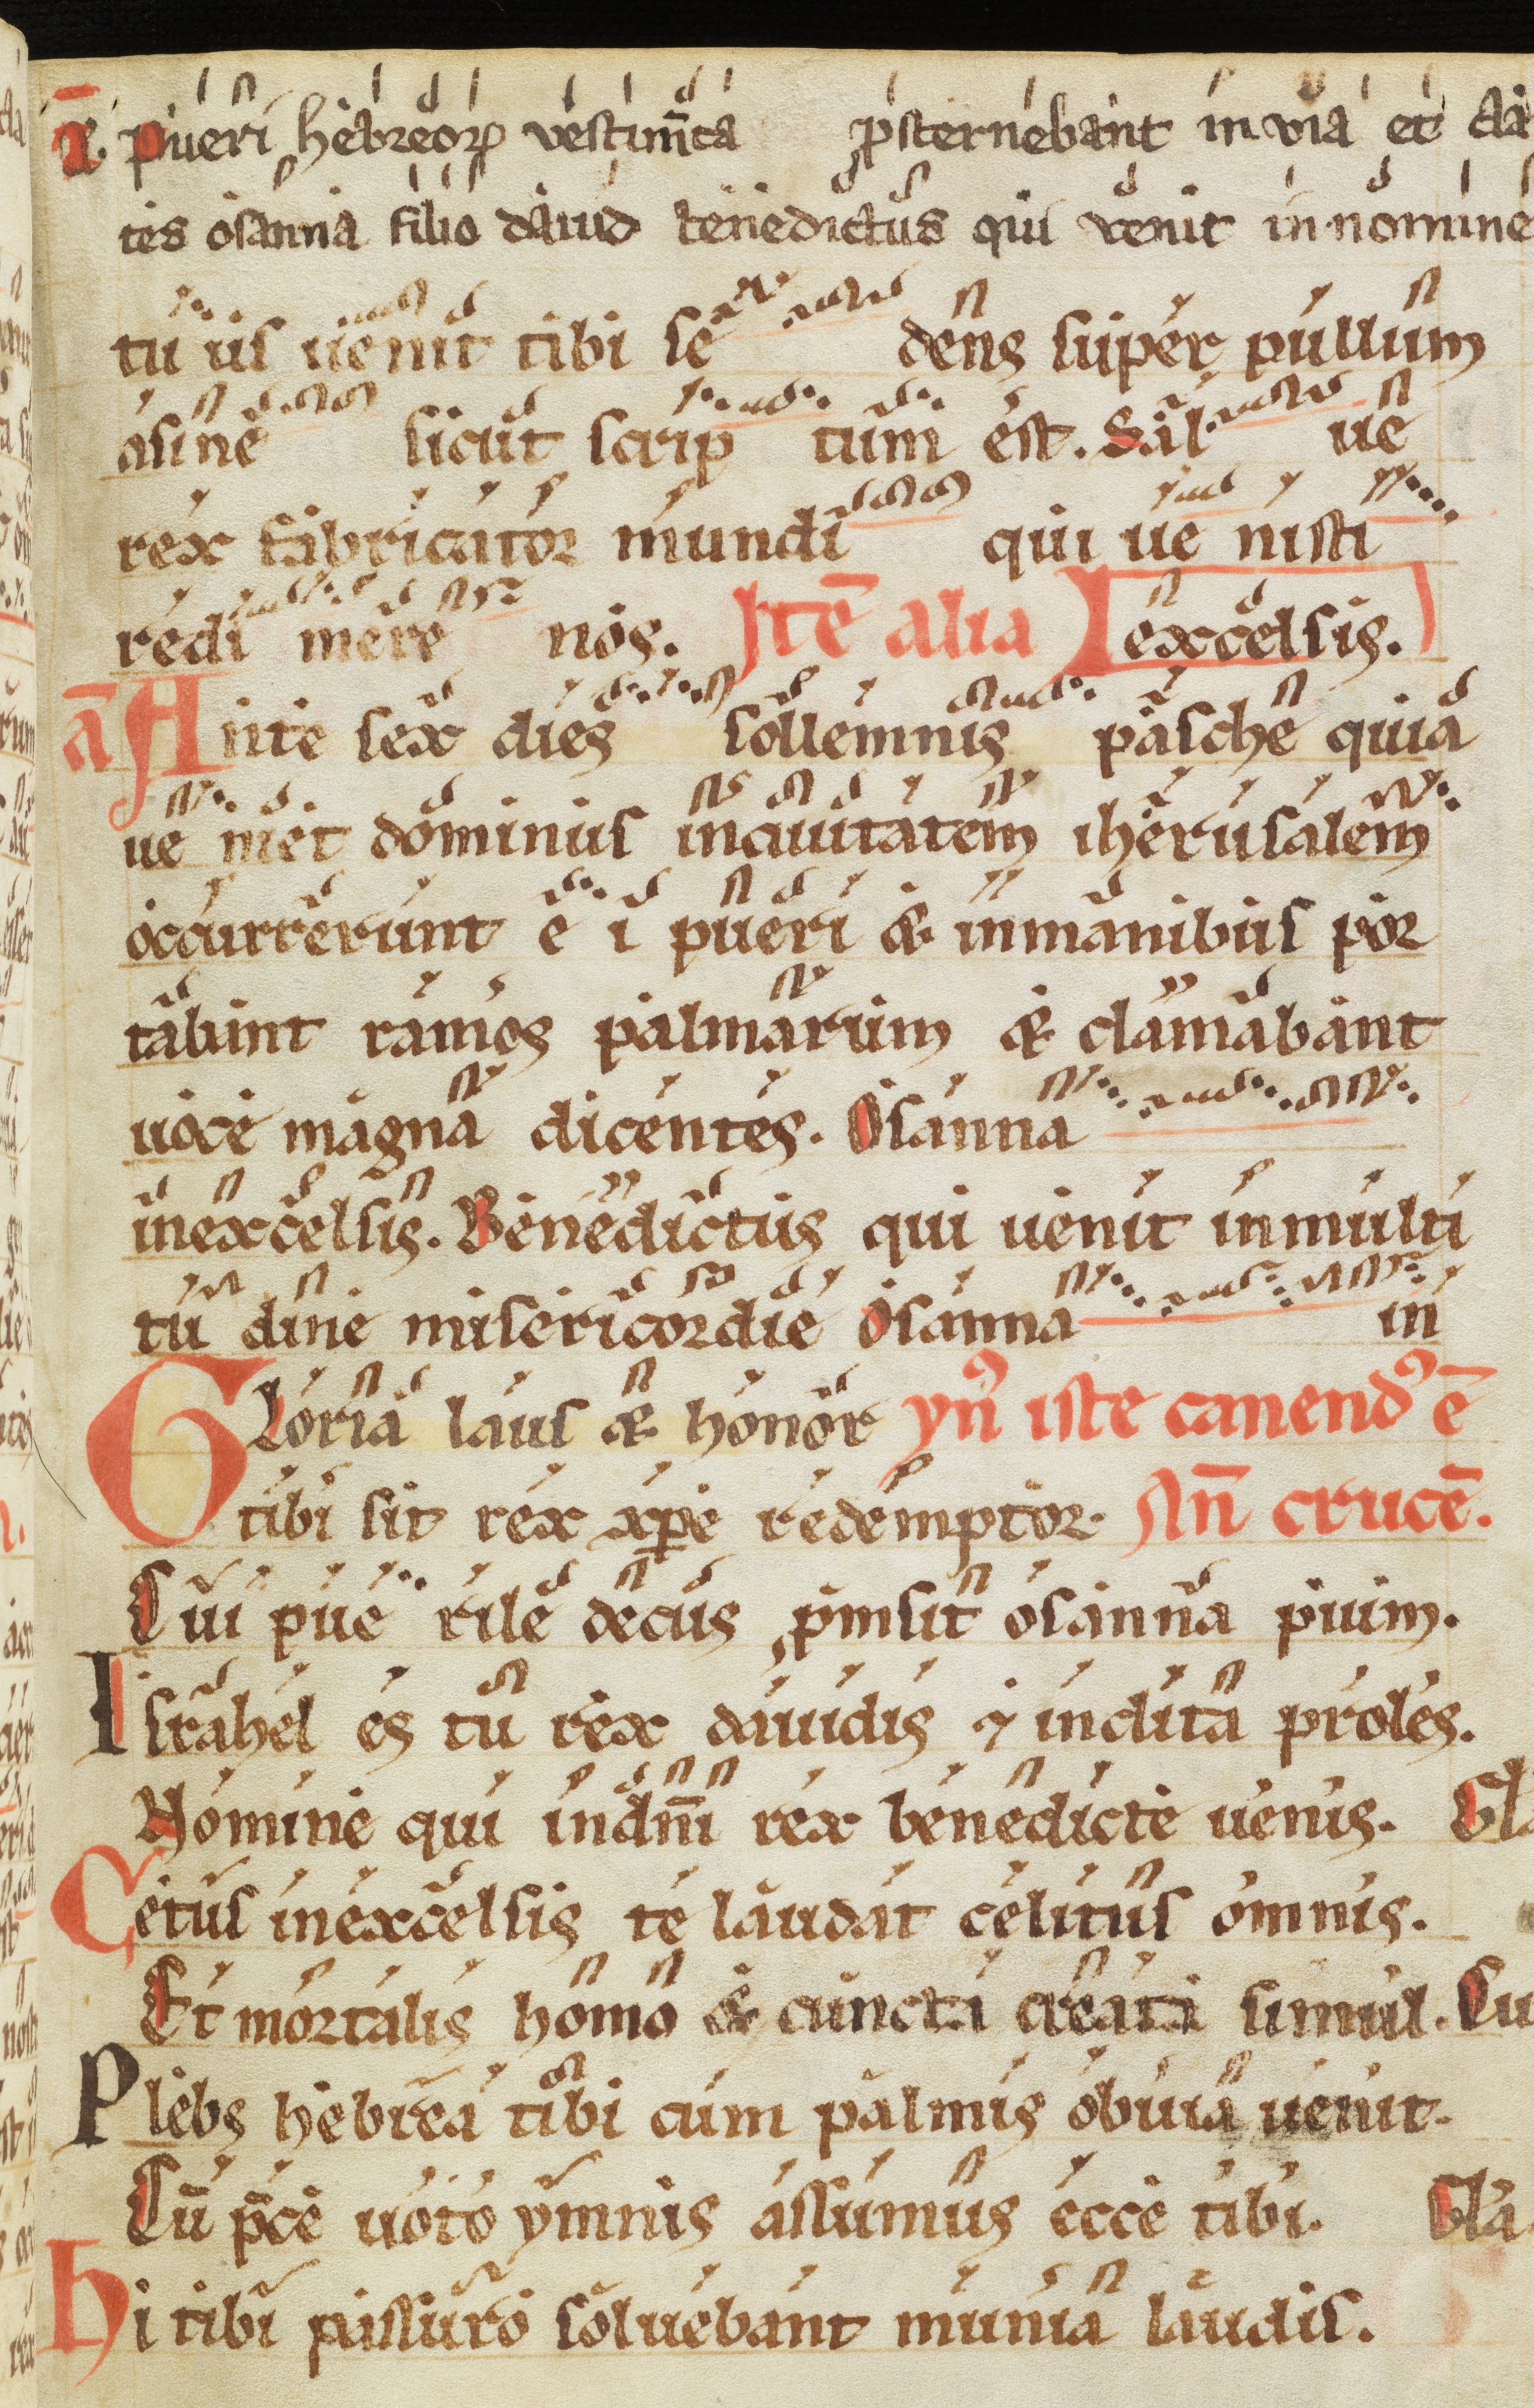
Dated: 1200–1299